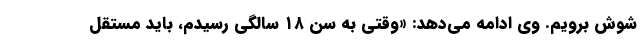
شوش برویم. وی ادامه می‌دهد: «وقتی به سن ۱۸ سالگی رسیدم، باید مستقل